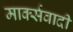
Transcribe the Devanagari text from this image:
मार्क्सवादी